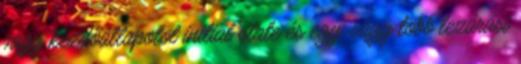
vagy kezdőállapotot initial state és egy, vagy több lezárási